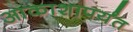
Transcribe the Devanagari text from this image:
आकाशापर्यंत